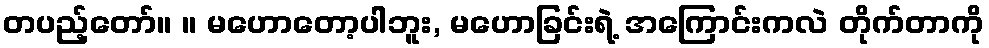
တပည့်တော်။ ။ မဟောတော့ပါဘူး, မဟောခြင်းရဲ့ အကြောင်းကလဲ တိုက်တာကို